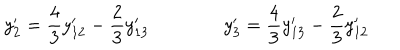
LaTeX: y _ { 2 } ^ { \prime } = { \frac { 4 } { 3 } } y _ { 1 2 } ^ { \prime } - { \frac { 2 } { 3 } } y _ { 1 3 } ^ { \prime } \qquad \qquad y _ { 3 } ^ { \prime } = { \frac { 4 } { 3 } } y _ { 1 3 } ^ { \prime } - { \frac { 2 } { 3 } } y _ { 1 2 } ^ { \prime }